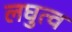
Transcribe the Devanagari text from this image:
लघुत्व